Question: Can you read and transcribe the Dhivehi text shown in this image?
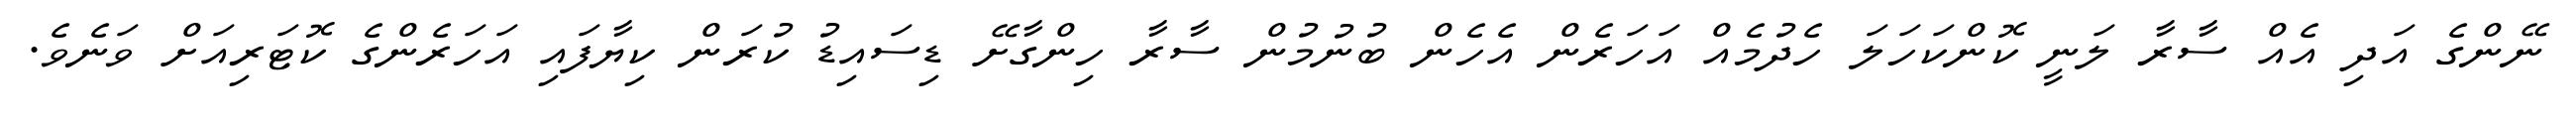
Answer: ނޭންގެ އަދި އެއް ސާރާ ލަނީ ކޮންކަހަލަ ހެދުމެއް އަހަރެން އެހެން ބުނުމުން ސާރާ ހިންގާށޭ ޑިސައިޑު ކުރަން ކިޔާފައި އަހަރެންގެ ކޮޓަރިއަށް ވަނެވެ.